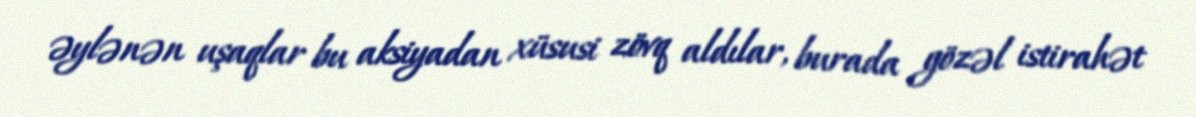
əylənən uşaqlar bu aksiyadan xüsusi zövq aldılar, burada gözəl istirahət